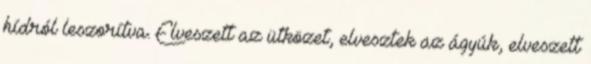
hídról leszorítva. Elveszett az ütközet, elvesztek az ágyúk, elveszett